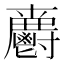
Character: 𲌦